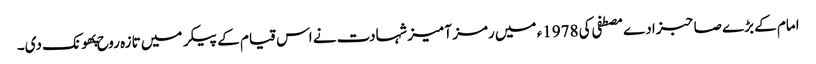
امام کے بڑے صاحبزادے مصطفی کی 1978ء میں رمز آمیز شہادت نے اس قیام کے پیکر میں تازہ روح پهونک دی۔